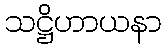
သဋ္ဌိဟာယနာ